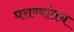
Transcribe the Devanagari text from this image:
घराण्यांतच